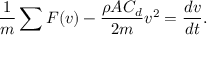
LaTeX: { \frac { 1 } { m } } \sum F ( v ) - { \frac { \rho A C _ { d } } { 2 m } } v ^ { 2 } = { \frac { d v } { d t } } .